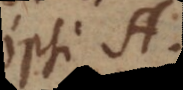
ipsi A.